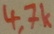
Text: 4,7k